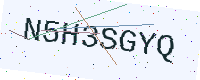
Text: N5H3SGYQ